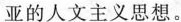
亚的人文主义思想。